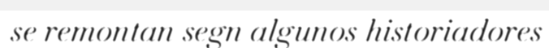
se remontan segn algunos historiadores